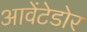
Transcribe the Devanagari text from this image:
आवेंटेडोर